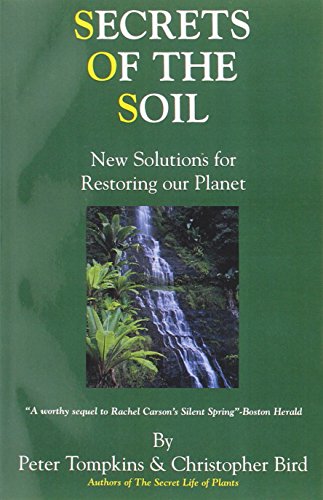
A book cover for Secrets of the Soil : New Solutions for Restoring Our Planet; Peter Tompkins; Science & Math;